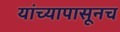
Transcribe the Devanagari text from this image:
यांच्यापासूनच